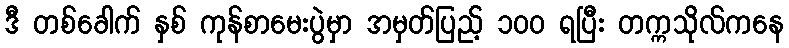
ဒီ တစ်ခေါက် နှစ် ကုန်စာမေးပွဲမှာ အမှတ်ပြည့် ၁၀၀ ရပြီး တက္ကသိုလ်ကနေ